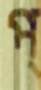
প্